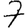
Digit: 7